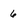
Character: 6